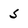
Character: 5